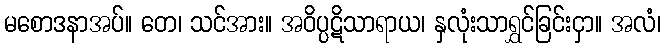
မစောဒနာအပ်။ တေ၊ သင်အား။ အဝိပ္ပဋိသာရာယ၊ နှလုံးသာရွှင်ခြင်းငှာ။ အလံ၊